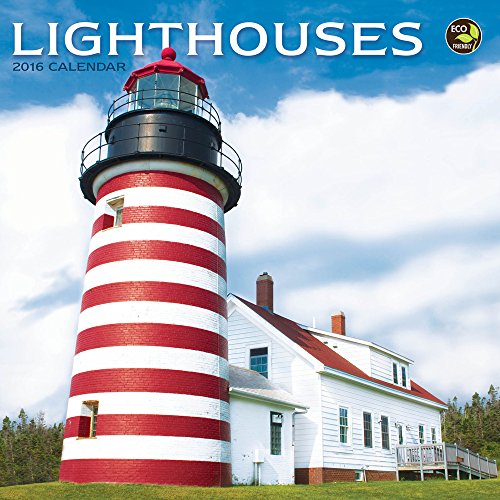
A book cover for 2016 Lighthouses Mini Calendar; TF Publishing; Calendars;